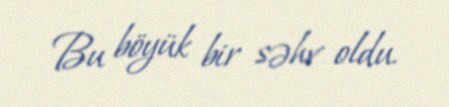
Bu böyük bir səhv oldu.